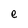
Character: e